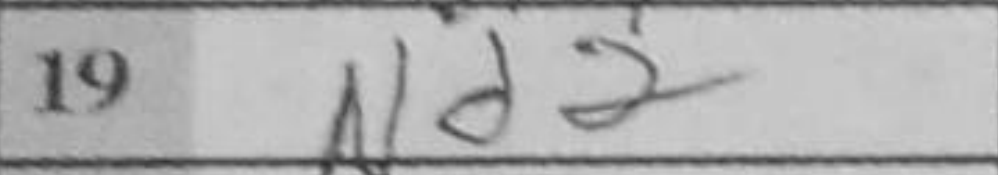
Transcription: Nd2